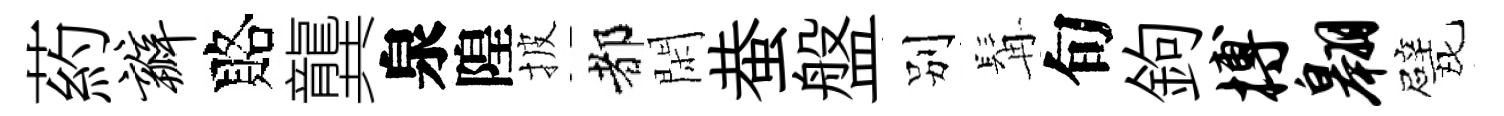
葯瓣賂龔泉隍披都閑蛬盤别髯旬鉤搏翱戏